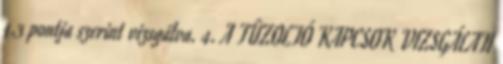
4.3 pontja szerint vizsgálva. 4. A TÛZOLTÓ KAPCSOK VIZSGÁLATI